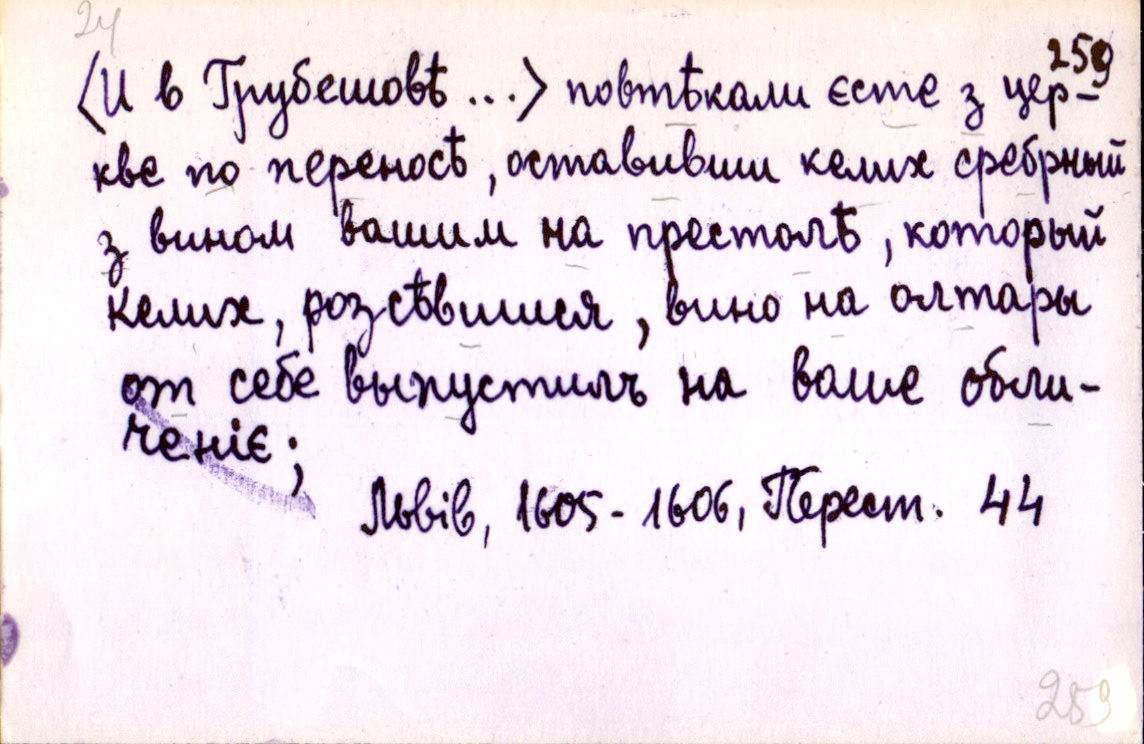
<И в Грубешовѣ ...> повтѣкали єсте з цер-
кве по переносѣ, оставивши келих сребрный
з вином вашим на престолѣ, который
келих, розсѣвшися, вино на олтары
от себе выпустилъ на ваше обли-
ченіє;
Львів, 1605-1606, Перест. 44